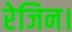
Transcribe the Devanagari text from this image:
रेजिन।